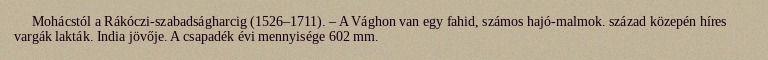
Mohácstól a Rákóczi-szabadságharcig (1526–1711). – A Vághon van egy fahid, számos hajó-malmok. század közepén híres vargák lakták. India jövője. A csapadék évi mennyisége 602 mm.